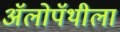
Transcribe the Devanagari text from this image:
अॅलोपॅथीला